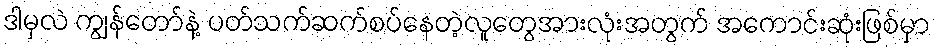
ဒါမှလဲ ကျွန်တော်နဲ့ ပတ်သက်ဆက်စပ်နေတဲ့လူတွေအားလုံးအတွက် အကောင်းဆုံးဖြစ်မှာ